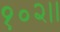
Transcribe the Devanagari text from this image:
१०२।।